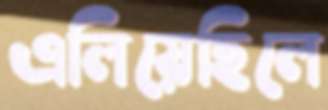
এলিয়েছিলে